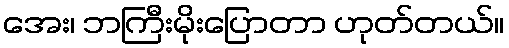
အေး၊ ဘကြီးမိုးပြောတာ ဟုတ်တယ်။